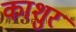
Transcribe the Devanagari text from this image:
काशुर